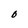
Character: 0